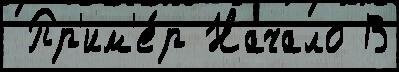
 Пр'им'е́р Начало В